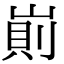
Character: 崱